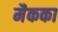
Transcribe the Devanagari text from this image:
मैकका